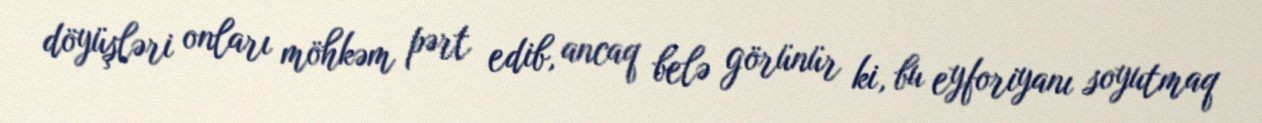
döyüşləri onları möhkəm pərt edib, ancaq belə görünür ki, bu eyforiyanı soyutmaq